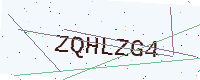
Text: ZQHLZG4